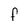
Character: F